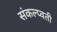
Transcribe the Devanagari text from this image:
संकल्प्वती